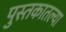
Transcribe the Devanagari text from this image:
पुस्‍तकातल्या